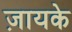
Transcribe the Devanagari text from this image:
ज़ायके